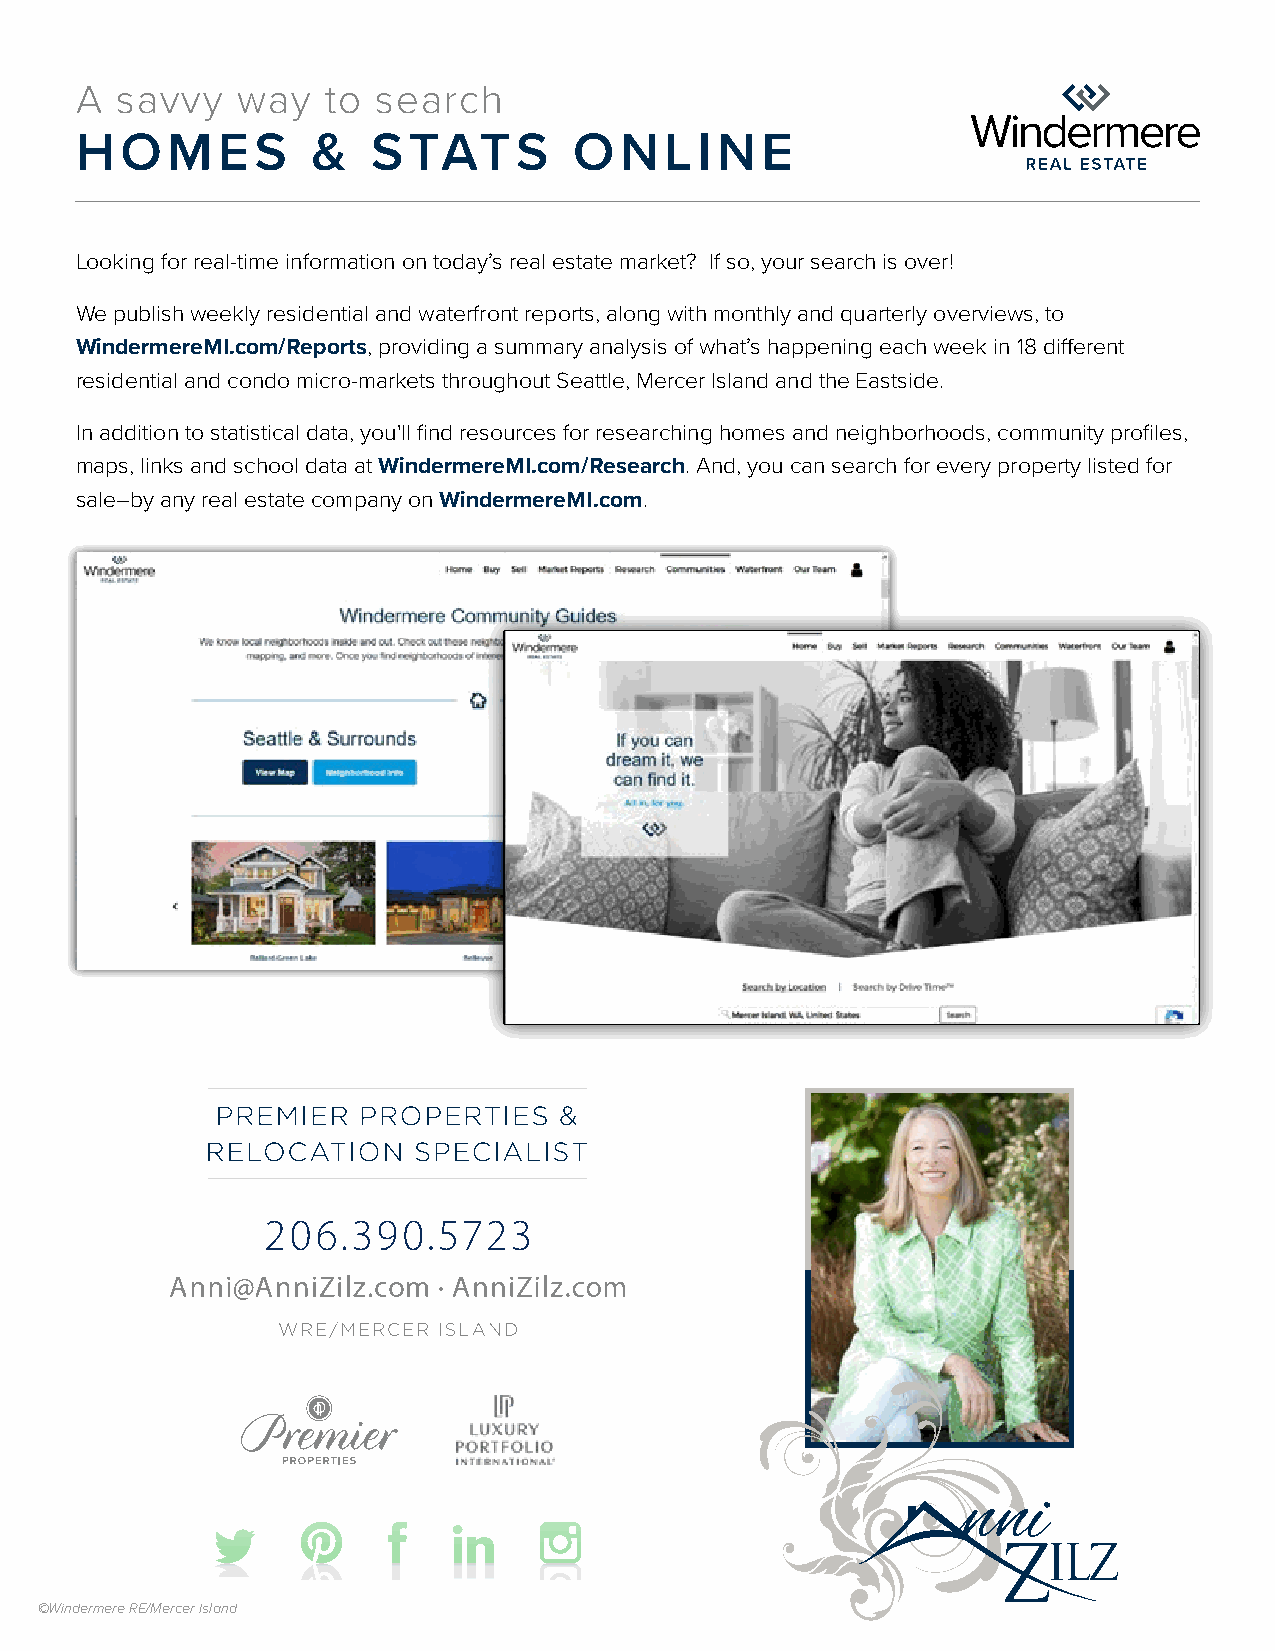
A  savvy   way   to search
 HOMES           &   STATS        ONLINE
 Looking for real-time information on today’s real estate market? If so, your search is over!
 We publish weekly residential and waterfront reports, along with monthly and quarterly overviews, to
 WindermereMI.com/Reports, providing a summary analysis of what’s happening each week in 18 different
 residential and condo micro-markets throughout Seattle, Mercer Island and the Eastside.
 In addition to statistical data, you'll find resources for researching homes and neighborhoods, community profiles,
 maps, links and school data at WindermereMI.com/Research. And, you can search for every property listed for
 sale–by any real estate company on WindermereMI.com.
 ©Windermere RE/Mercer Island